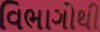
વિભાગોથી